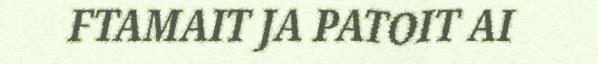
FTAMAIT JA PATOIT AI